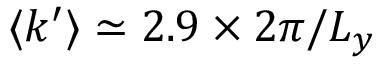
\langle k ^ { \prime } \rangle \simeq 2 . 9 \times 2 \pi / L _ { y }